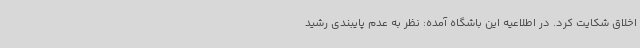
اخلاق شکایت کرد. در اطلاعیه این باشگاه آمده: نظر به عدم پایبندی رشید